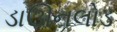
ડાઊનલોડ